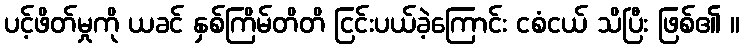
ပင့်ဖိတ်မှုကို ယခင် နှစ်ကြိမ်တိတိ ငြင်းပယ်ခဲ့ကြောင်း ငစံငယ် သိပြီး ဖြစ်၏ ။